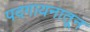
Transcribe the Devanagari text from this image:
पदगायनातून